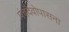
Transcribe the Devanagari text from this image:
पंचदेवोपासना